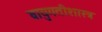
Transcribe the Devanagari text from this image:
वायुगतीशास्त्र